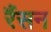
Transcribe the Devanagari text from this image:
रैंसन